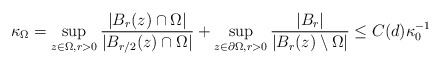
\begin{align*} \kappa_\Omega = \sup_{z \in \Omega, r >0} \frac{|B_r(z) \cap \Omega|}{|B_{r/2}(z) \cap \Omega|} + \sup_{z \in \partial \Omega, r>0} \frac{|B_r|}{|B_r(z) \setminus \Omega|} \leq C(d)\kappa_0^{-1} \end{align*}